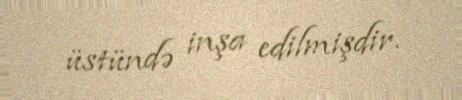
üstündə inşa edilmişdir.